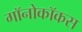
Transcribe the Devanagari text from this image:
गॉनोकॉकस